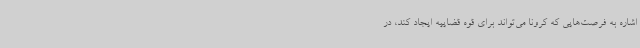
اشاره به فرصت‌هایی که کرونا می‌تواند برای قوه قضاییه ایجاد کند، در